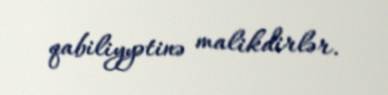
qabiliyyətinə malikdirlər.